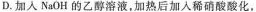
D.加入NaOH的乙醇溶液，加热后加入稀硝酸酸化，